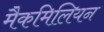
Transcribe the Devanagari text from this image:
मैकमिलियन